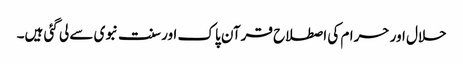
حلال اور حرام کی اصطلاح قرآن پاک اور سنت نبوی سے لی گئی ہیں۔